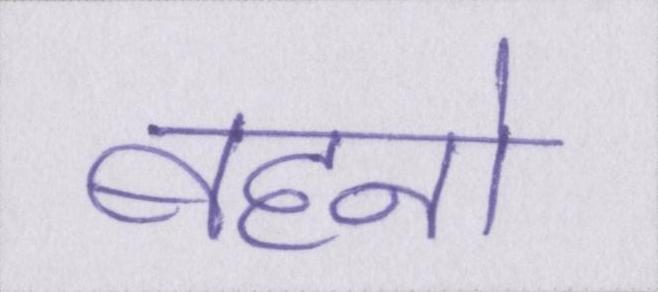
बहनो